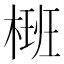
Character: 𣗝